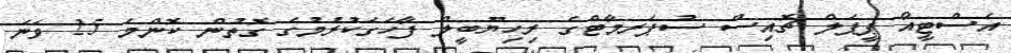
އެސްޓީއޯ ޕީޕަލް ޗޮއިސް ސުޕަރމާޓްގެ ރިހިޔޫބީލް ފާހަގަކުރުމުގެ ގޮތުން ކޮންމެ 25 ވަނަ